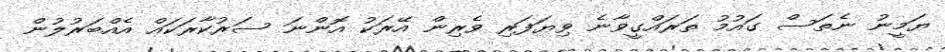
ޔަމީނު ނެތަސް ގައުމު ތަރައްގީވާނެ ވިޔަފަރި ވެރިން އޭރަކު އޮންނަ ސަރުކާރަކައް އެއްބަރުލުން